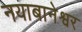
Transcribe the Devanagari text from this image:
नयाबानेश्वर